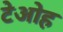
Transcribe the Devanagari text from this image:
टेओह